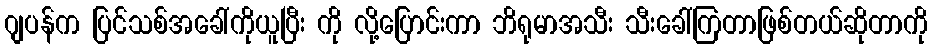
ဂျပန်က ပြင်သစ်အခေါ်ကိုယူပြီး ကို လို့ပြောင်းကာ ဘိရုမာအသီး သီးခေါ်ကြတာဖြစ်တယ်ဆိုတာကို